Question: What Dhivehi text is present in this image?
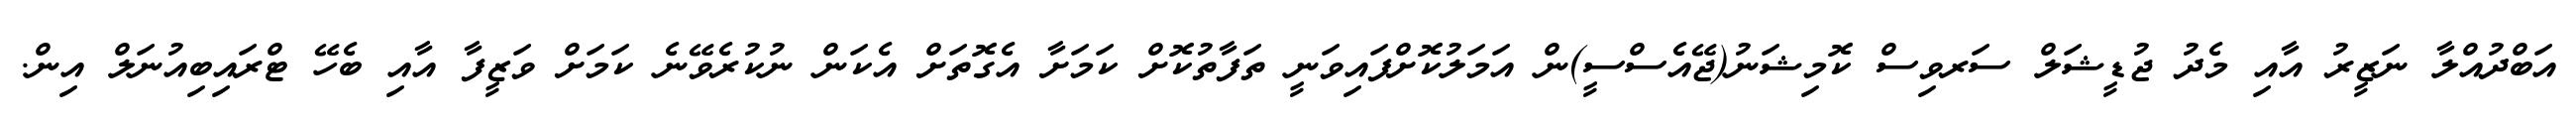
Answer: އަބްދުއްލާ ނަޒީރު އާއި މެދު ޖުޑީޝަލް ސަރވިސް ކޮމިޝަނު(ޖޭއެސްސީ)ން އަމަލުކޮށްފައިވަނީ ތަފާތުކޮށް ކަމަށާ އެގޮތަށް އެކަން ނުކުރެވޭނެ ކަމަށް ވަޒީފާ އާއި ބެހޭ ޓްރައިބިއުނަލް އިން.